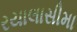
રયાલાસીમા